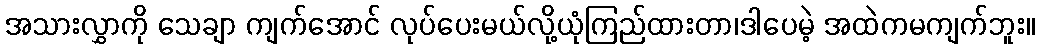
အသားလွှာကို သေချာ ကျက်အောင် လုပ်ပေးမယ်လို့ယုံကြည်ထားတာ၊ဒါပေမဲ့ အထဲကမကျက်ဘူး။